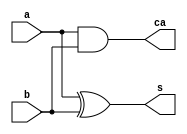
module ha(s,ca,a,b);
	input a,b;
	output s,ca;
	xor(s,a,b);
	and(ca,a,b);
endmodule

module fa(sum,cout,a,b,cin);
	input a,b,cin;
	output sum,cout;
	wire s,c1,c2;
	ha ha1(s,c1,a,b), ha2(sum,c2,s,cin);
	and(cout,c2,c1);
endmodule

module add4(sum,a,b,cin);
	input[3:0]a,b;
	input cin;
	output[4:0]sum;

	wire [2:0]cc;
	fa a0(sum[0],cc[0],a[0],b[0],cin);
	fa a1(sum[1],cc[1],a[1],b[1],cc[0]);
	fa a2(sum[2],cc[2],a[2],b[2],cc[1]);
	fa a3(sum[3],sum[4],a[3],b[3],cc[2]);
endmodule